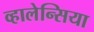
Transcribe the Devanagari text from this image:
व्हालेन्सिया